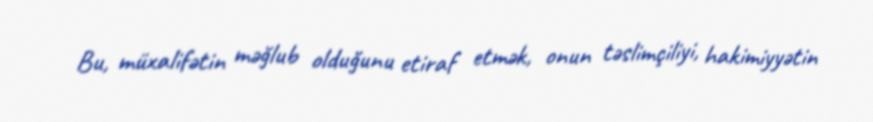
Bu, müxalifətin məğlub olduğunu etiraf etmək, onun təslimçiliyi, hakimiyyətin